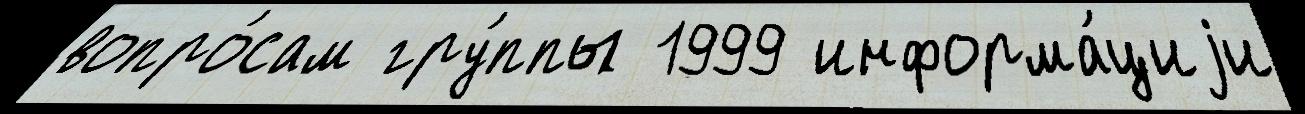
вопро́сам гру́ппы 1999 информа́циjи